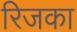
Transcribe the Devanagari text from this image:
रिजका